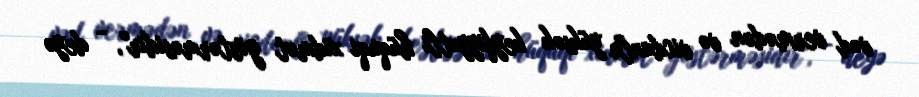
vəd vermədən və vicdanla yüksək keyfiyyətli hüquqi xidmət göstərməsidir", - deyə